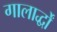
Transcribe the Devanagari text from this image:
गालार्द्धों